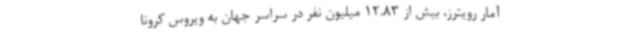
آمار رویترز، بیش از 12.83 میلیون نفر در سراسر جهان به ویروس کرونا